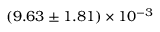
( 9 . 6 3 \pm 1 . 8 1 ) \times 1 0 ^ { - 3 }